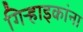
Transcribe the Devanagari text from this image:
गिऱ्हाइकांना